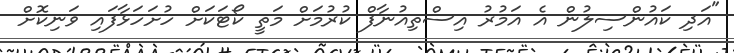
"އަދި ކައުންސިލުން އެ އަމުރު އިސްތިއުނާފް ކުރުމަށް މަތީ ކޯޓަކަށް ހުށަހަޅާފައި ވަނިކޮށް